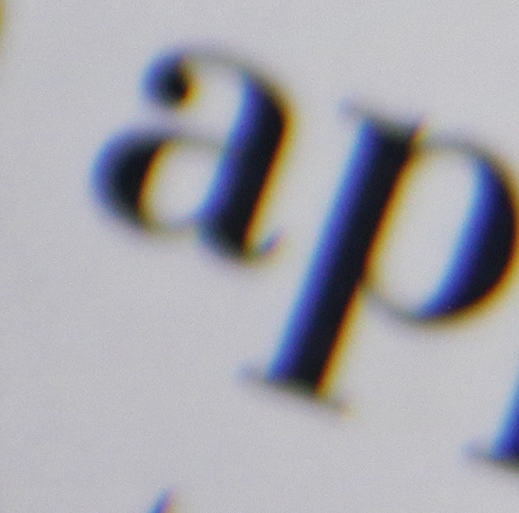
ap